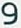
و